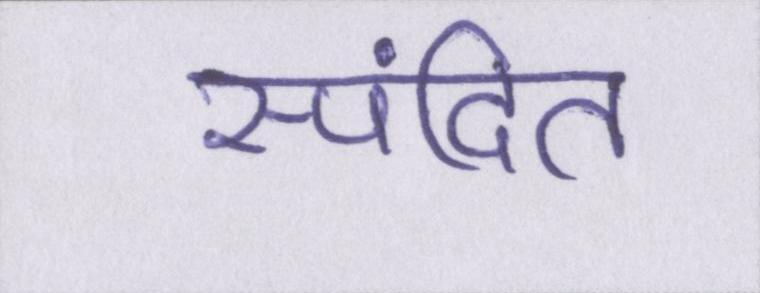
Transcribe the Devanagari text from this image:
स्पंदित